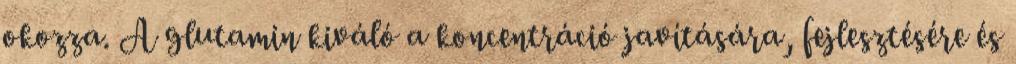
okozza. A glutamin kiváló a koncentráció javítására, fejlesztésére és